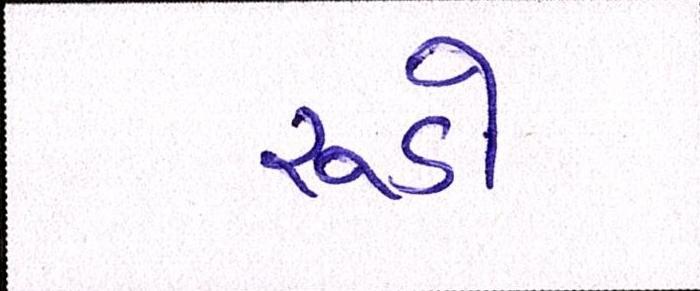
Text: રૂડો